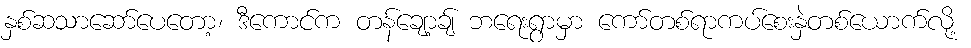
နှစ်ဆသာဆော်ပေတော့၊ ဒီကောင်က တန်ချော့ချ် ဘရေးရွာမှာ ကော်တစ်ရာကပ်စေးနှဲတစ်ယောက်လို့